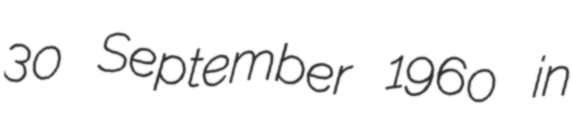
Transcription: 30 September 1960 in